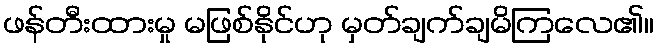
ဖန်တီးထားမှု မဖြစ်နိုင်ဟု မှတ်ချက်ချမိကြလေ၏။